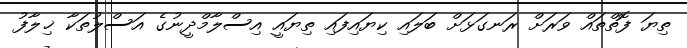
ތިޔަ ފޮތްތައް ވަރަށް ރަނގަޅަށް ބަލައި ކިޔައިފައި ތިޔައީ އިސްލާމްދީނުގެ އަސްލުތަކާ ޚިލާފު